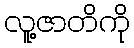
လူ့ဇာတိကို